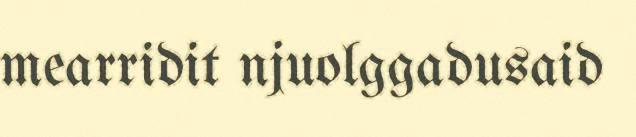
mearridit njuolggadusaid